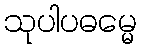
သုပါပဓမ္မေ